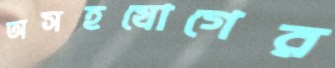
অসহযোগের